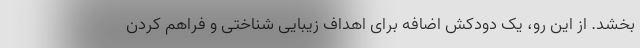
بخشد. از این رو، یک دودکش اضافه برای اهداف زیبایی شناختی و فراهم کردن